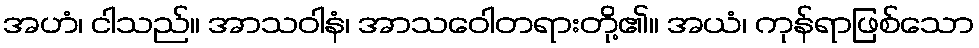
အဟံ၊ ငါသည်။ အာသဝါနံ၊ အာသဝေါတရားတို့၏။ အယံ၊ ကုန်ရာဖြစ်သော